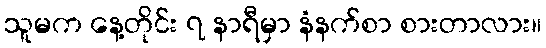
သူမက နေ့တိုင်း ၇ နာရီမှာ နံနက်စာ စားတာလား။